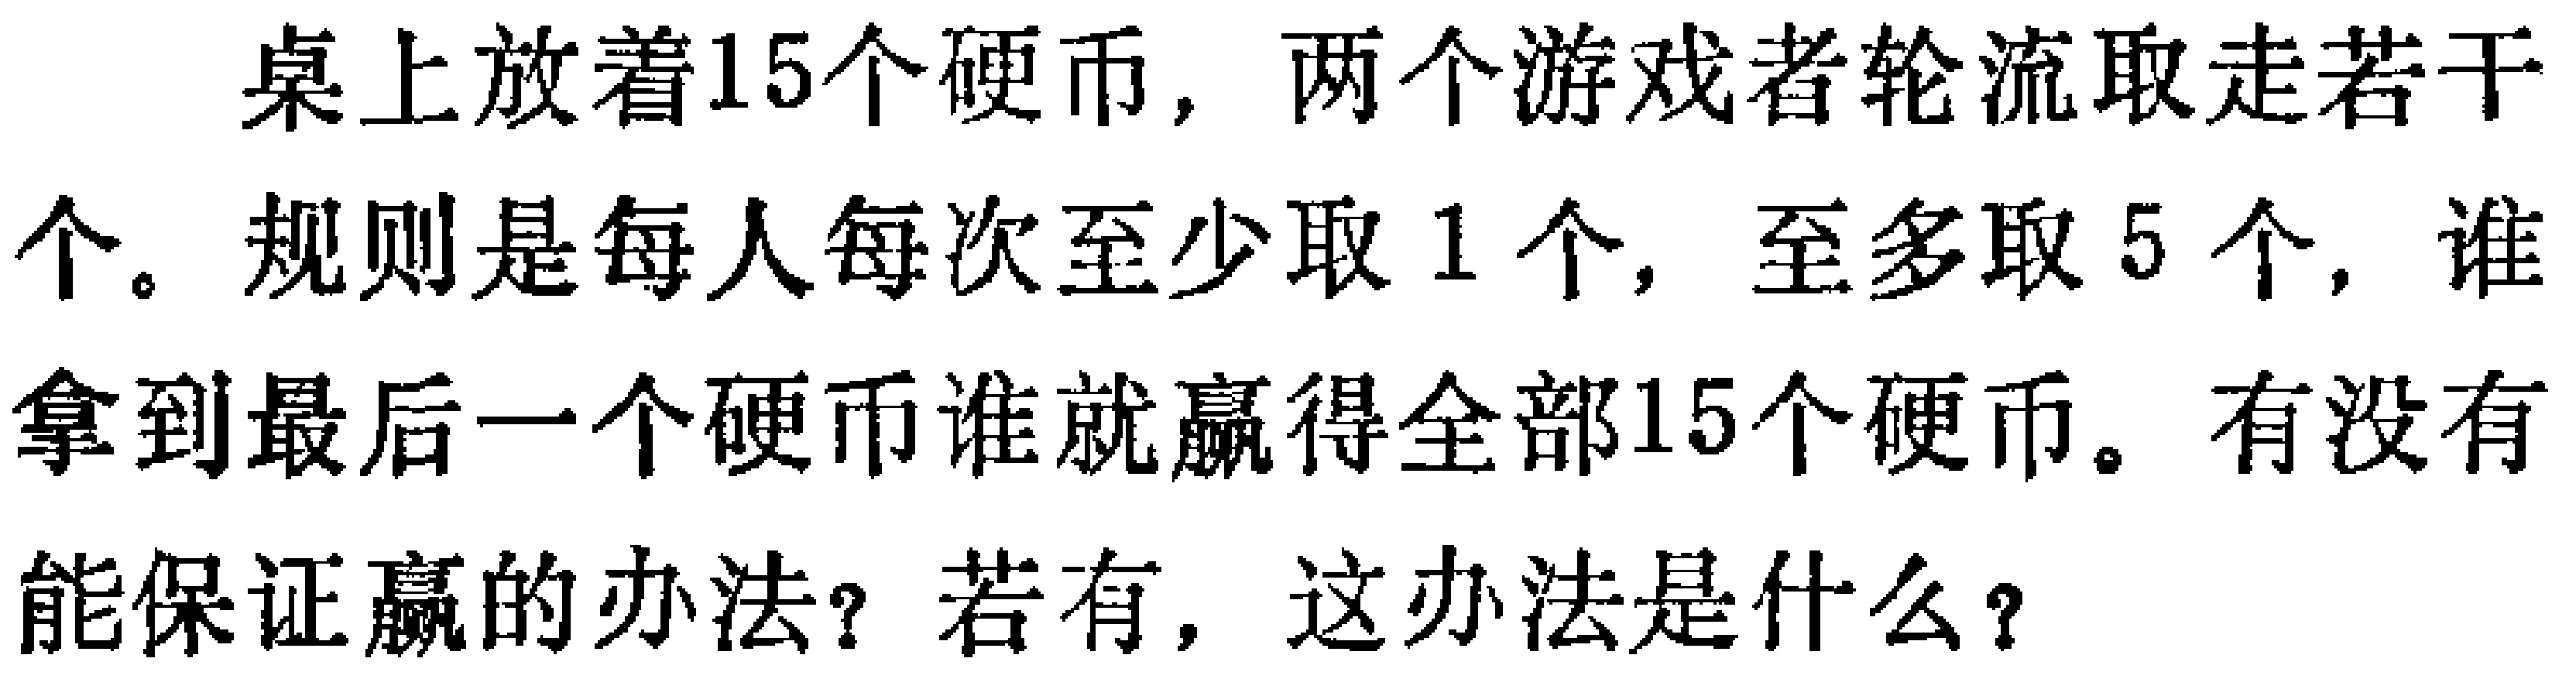
桌上放着15个硬币，两个游戏者轮流取走若干个。规则是每人每次至少取1个，至多取5个，谁拿到最后一个硬币谁就赢得全部15个硬币。有没有能保证赢的办法？若有，这办法是什么？